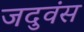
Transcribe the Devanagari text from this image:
जदुवंस